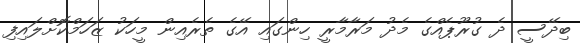
ބިދޭސީ ދެ ގުރޫޕެއްގެ މެދު މަރާމާރީ ހިންގައި އޭގެ ތެރެއިން މީހަކު ޒަހަމްކޮށްލައިފި